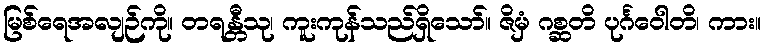
မြစ်ရေအလျဉ်ကို။ တရန္တီသု၊ ကူးကုန်သည်ရှိသော်။ ဇိမှံ ဂစ္ဆတိ ပုင်္ဂဝေါတိ၊ ကား။